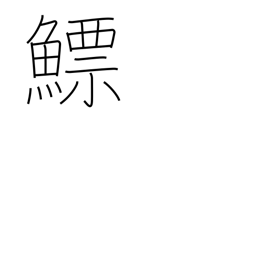
Meaning: fish bladder